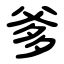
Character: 爹